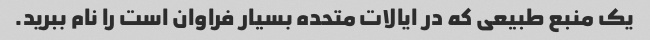
یک منبع طبیعی که در ایالات متحده بسیار فراوان است را نام ببرید.